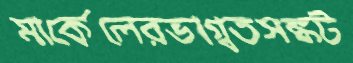
মার্কেলেরভাগ্বতসঙ্কট